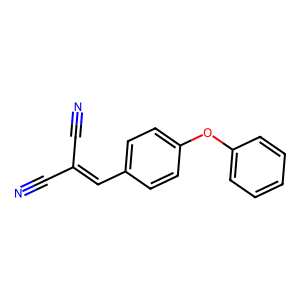
SMILES: N#CC(C#N)=Cc1ccc(Oc2ccccc2)cc1
Inhibits HIV replication: No